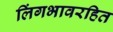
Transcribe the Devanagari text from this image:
लिंगभावरहित